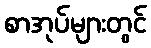
စာအုပ်များတွင်